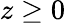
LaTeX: z\ge 0